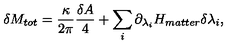
\delta M _ { t o t } = { \frac { \kappa } { 2 \pi } } { \frac { \delta A } { 4 } } + \sum _ { i } \partial _ { \lambda _ { i } } H _ { m a t t e r } \delta \lambda _ { i } ,